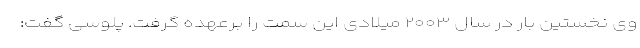
وی نخستین بار در سال ۲۰۰۳ میلادی این سمت را برعهده گرفت. پلوسی گفت: